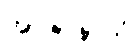
အာဇာနာသိ